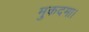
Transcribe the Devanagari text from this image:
मुकदमा।